Civil Veterinary Department Bihar reports 1936-40 - 1936-1940
Year: 1936
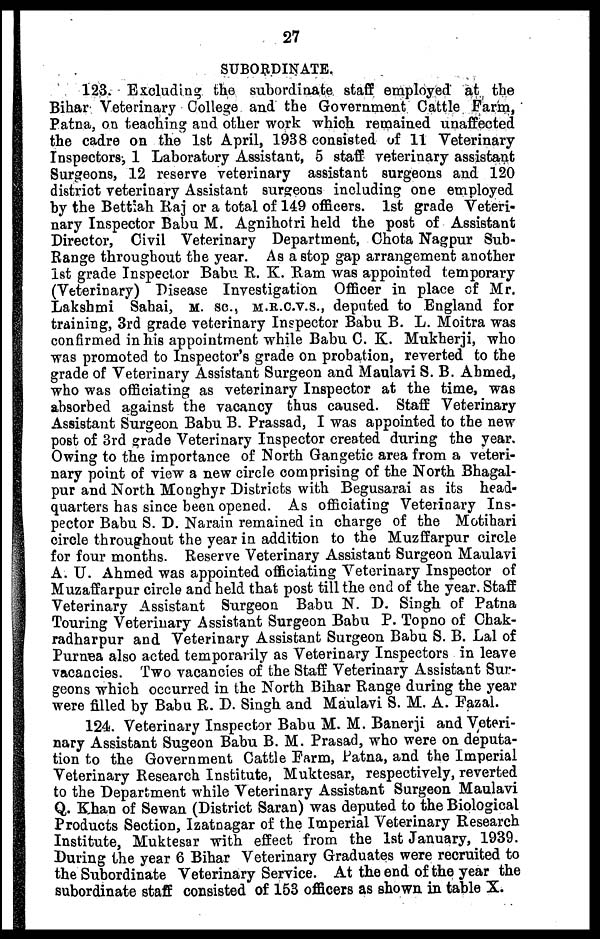
27
SUBORDINATE.
123. Excluding the subordinate staff employed at the
Bihar Veterinary College and the Government Cattle Farm,
Patna, on teaching and other work which remained unaffected
the cadre on the 1st April, 1938 consisted of 11 Veterinary
Inspectors, 1 Laboratory Assistant, 5 staff veterinary assistant
Surgeons, 12 reserve veterinary assistant surgeons and 120
district veterinary Assistant surgeons including one employed
by the Bettiah Raj or a total of 149 officers. 1st grade Veteri-
nary Inspector Babu M. Agnihotri held the post of Assistant
Director, Civil Veterinary Department, Chota Nagpur Sub-
Range throughout the year. As a stop gap arrangement another
1st grade Inspector Babu R. K. Ram was appointed temporary
(Veterinary) Disease Investigation Officer in place of Mr.
Lakshmi Sahai, M. SC., M.R.C.V.S., deputed to England for
training, 3rd grade veterinary Inspector Babu B. L. Moitra was
confirmed in his appointment while Babu C. K. Mukherji, who
was promoted to Inspector's grade on probation, reverted to the
grade of Veterinary Assistant Surgeon and Maulavi S. B. Ahmed,
who was officiating as veterinary Inspector at the time, was
absorbed against the vacancy thus caused. Staff Veterinary
Assistant Surgeon Babu B. Prassad, I was appointed to the new
post of 3rd grade Veterinary Inspector created during the year.
Owing to the importance of North Gangetic area from a veteri-
nary point of view a new circle comprising of the North Bhagal-
pur and North Monghyr Districts with Begusarai as its head-
quarters has since been opened. As officiating Veterinary Ins-
pector Babu S. D. Narain remained in charge of the Motihari
circle throughout the year in addition to the Muzffarpur circle
for four months. Reserve Veterinary Assistant Surgeon Maulavi
A. U. Ahmed was appointed officiating Veterinary Inspector of
Muzaffarpur circle and held that post till the end of the year. Staff
Veterinary Assistant Surgeon Babu N. D. Singh of Patna
Touring Veterinary Assistant Surgeon Babu P. Topno of Chak-
radharpur and Veterinary Assistant Surgeon Babu S. B. Lal of
Purnea also acted temporarily as Veterinary Inspectors in leave
vacancies. Two vacancies of the Staff Veterinary Assistant Sur-
geons which occurred in the North Bihar Range during the year
were filled by Babu R. D. Singh and Maulavi S. M. A. Fazal.
124. Veterinary Inspector Babu M. M. Banerji and Veteri-
nary Assistant Sugeon Babu B. M. Prasad, who were on deputa-
tion to the Government Cattle Farm, Patna, and the Imperial
Veterinary Research Institute, Muktesar, respectively, reverted
to the Department while Veterinary Assistant Surgeon Maulavi
Q. Khan of Sewan (District Saran) was deputed to the Biological
Products Section, Izatnagar of the Imperial Veterinary Research
Institute, Muktesar with effect from the 1st January, 1939.
During the year 6 Bihar Veterinary Graduates were recruited to
the Subordinate Veterinary Service. At the end of the year the
subordinate staff consisted of 153 officers as shown in table X.